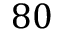
8 0